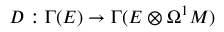
D : \Gamma ( E ) \rightarrow \Gamma ( E \otimes \Omega ^ { 1 } M )